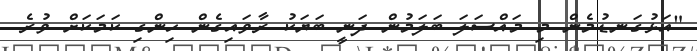
"އަޅުގަނޑުމެން މި މައްސަލަ ބަލަމުން ދަނީ ބަޔަކު ރާވައިގެން ހިންގި ކަމަކަށް ވުރެ